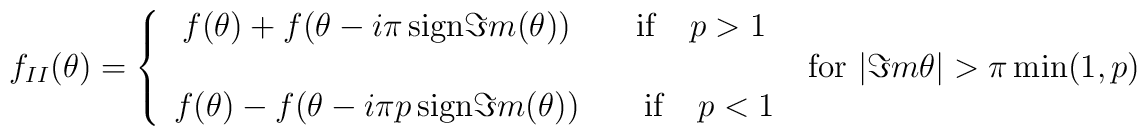
f_{II}(\theta )=\left\{ \begin{array}{c}f(\theta )+f(\theta -i\pi \, \mathrm{sign}\Im m(\theta ))\qquad \mathrm{if}\quad p>1\\\\f(\theta )-f(\theta -i\pi p\, \mathrm{sign}\Im m(\theta ))\qquad \mathrm{if}\quad p<1\end{array}\right. \: \textrm{ for }\: |\Im m\theta |>\pi \min (1,p)